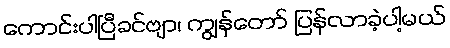
ကောင်းပါပြီခင်ဗျာ၊ ကျွန်တော် ပြန်လာခဲ့ပါ့မယ်